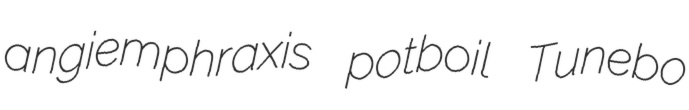
angiemphraxis potboil Tunebo